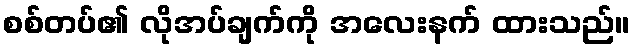
စစ်တပ်၏ လိုအပ်ချက်ကို အလေးနက် ထားသည်။